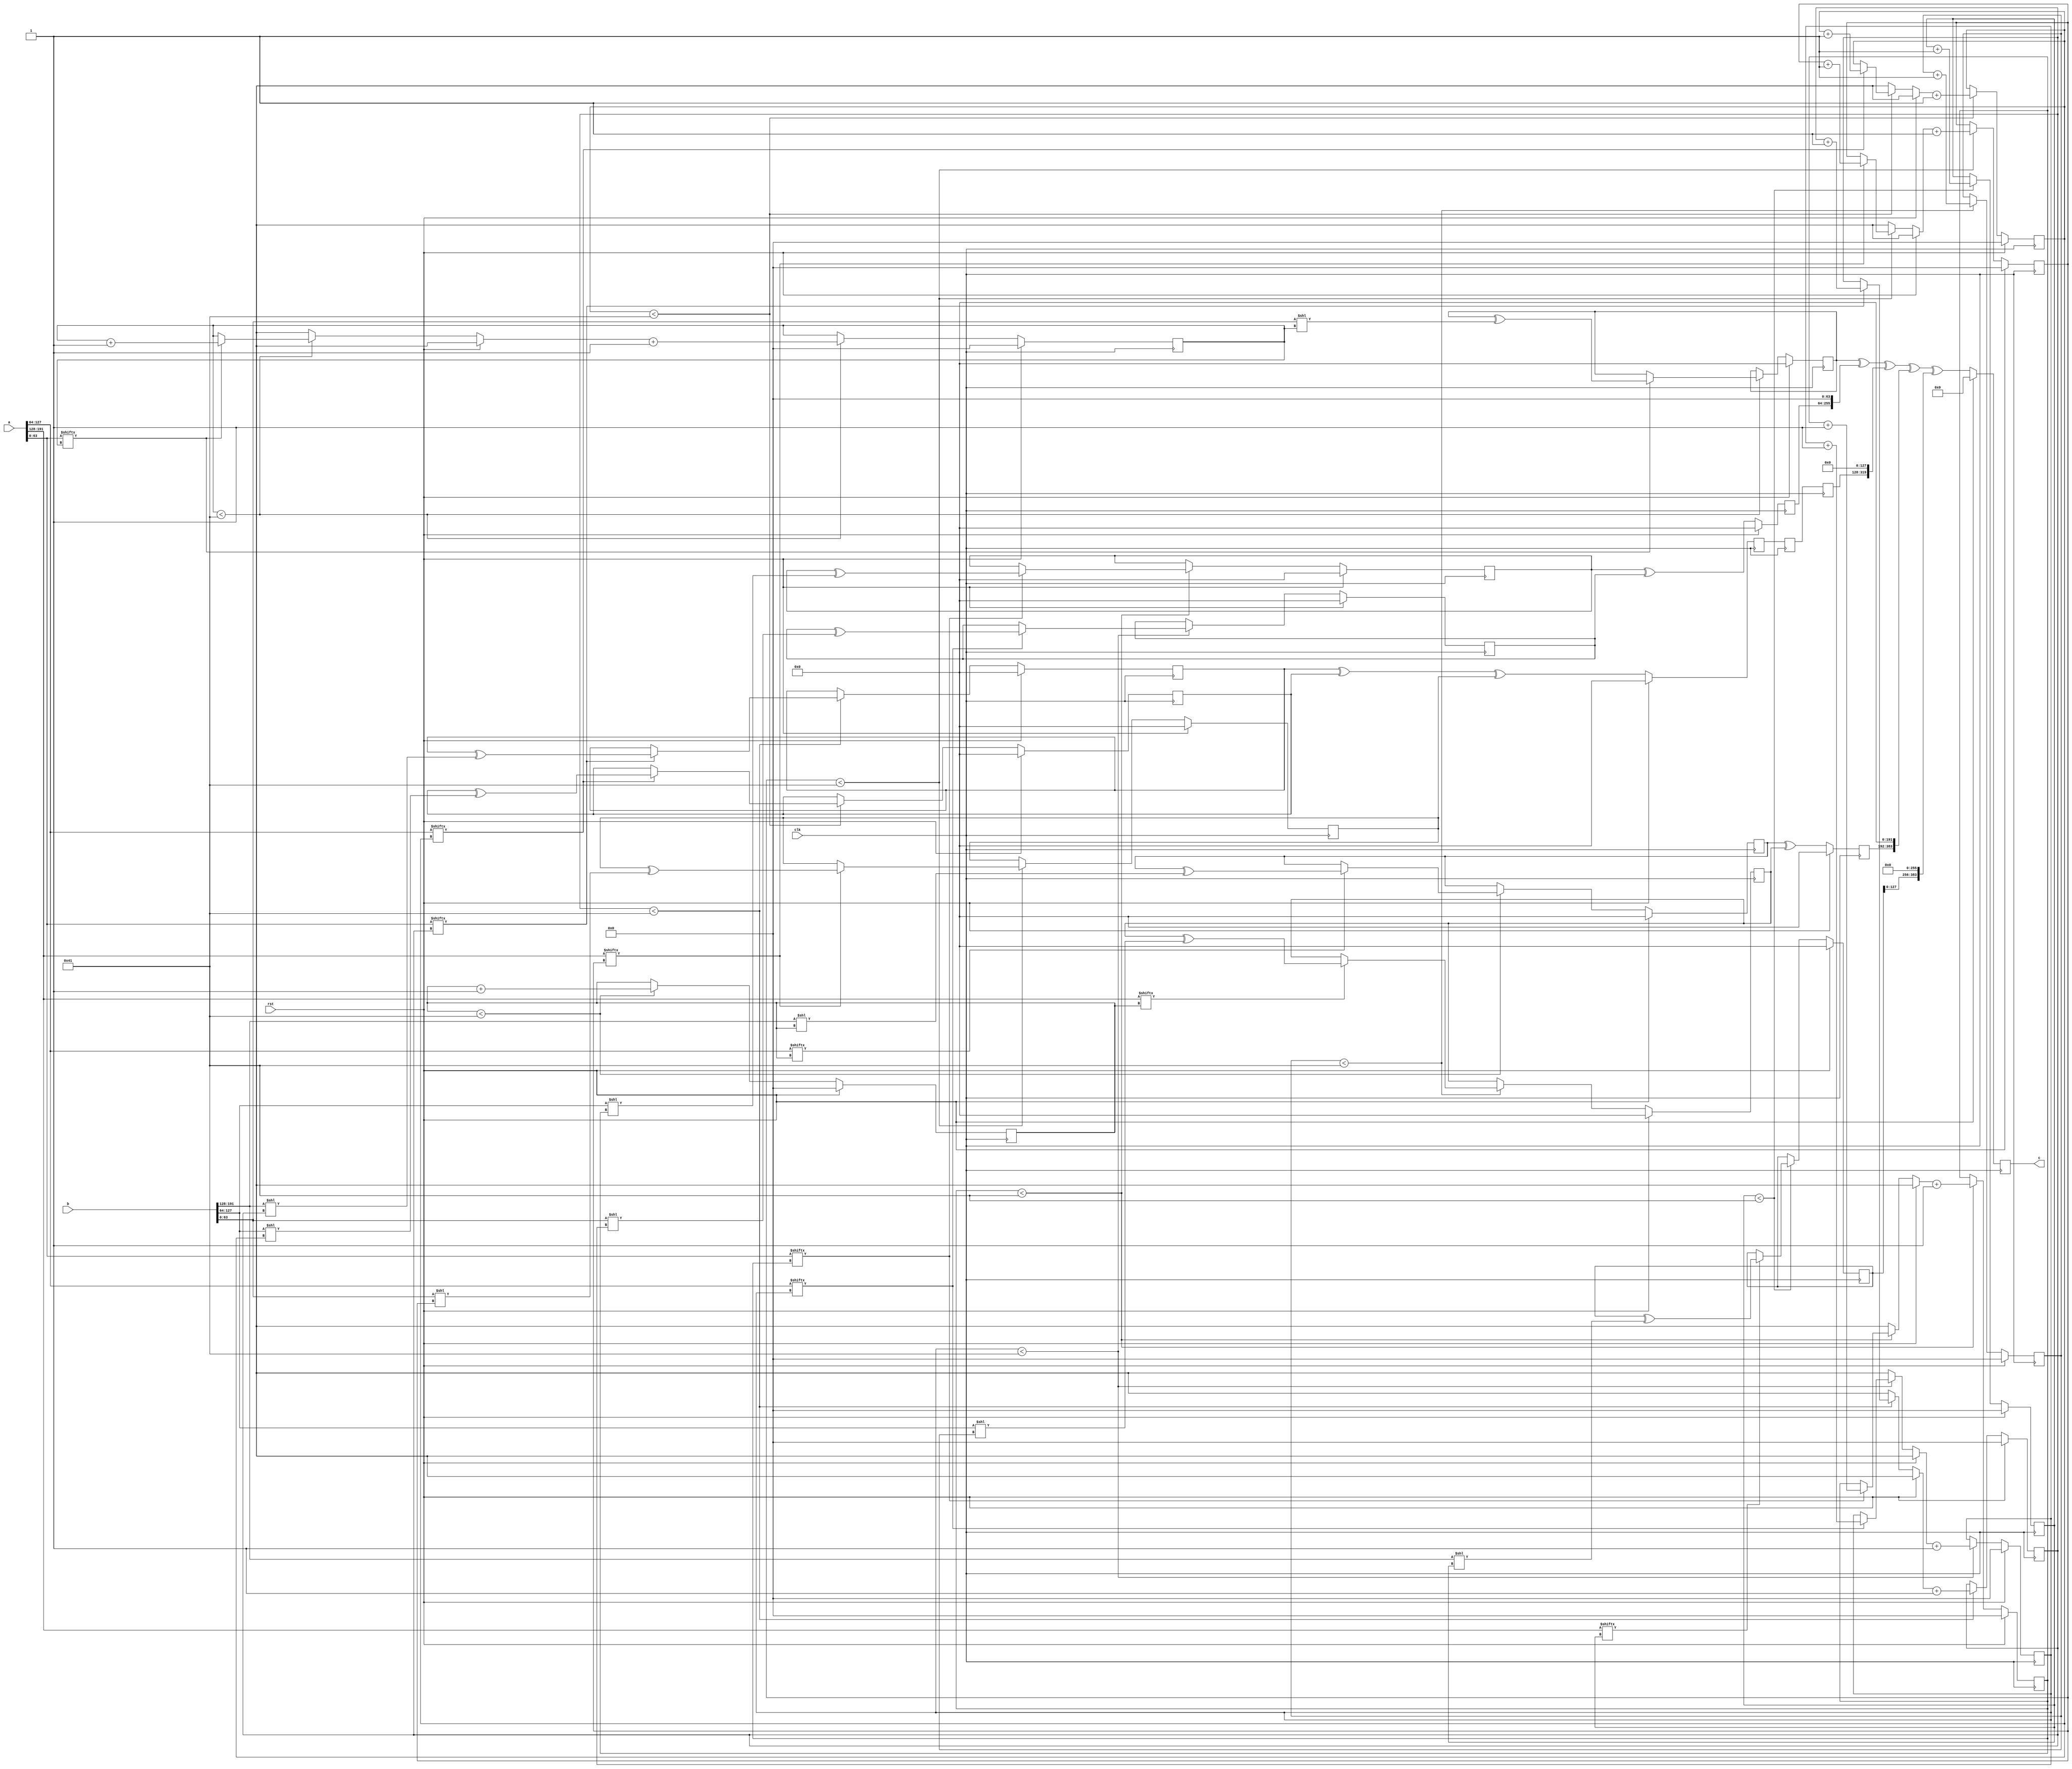
// TalTech large integer multiplier library
// Multiplier type: three_way_toom_cook
// Parameters: 192 192 3
// Target tool: genus
// Here, we split the input operands into three equal sizes192
module three_way_toom_cook(clk, rst, a, b, c);
input clk;
input rst;
input [191:0] a;
input [191:0] b;
output reg [383:0] c;

// Pipeline register declaration 
reg [191:0] c_temp_2;
reg [191:0] c_temp_1;

// Wires declaration 
wire  [63:0] a0;
wire  [63:0] a1;
wire  [63:0] a2;
wire  [63:0] b0;
wire  [63:0] b1;
wire  [63:0] b2;

// Registers declaration 
reg  [63:0] counter_d;
reg  [63:0] counter_e1;
reg  [63:0] counter_e2;
reg  [63:0] counter_f1;
reg  [63:0] counter_f2;
reg  [63:0] counter_f3;
reg  [63:0] counter_g1;
reg  [63:0] counter_g2;
reg  [63:0] counter_h;
reg  [191:0] d;
reg  [191:0] e1_mul;
reg  [191:0] e2_mul;
reg  [191:0] e;
reg  [191:0] f1_mul;
reg  [191:0] f2_mul;
reg  [191:0] f3_mul;
reg  [191:0] f;
reg  [191:0] g1_mul;
reg  [191:0] g2_mul;
reg  [191:0] g;
reg  [191:0] h;
reg  [383:0] temp;

// Initial assignments to wires
assign a0 = a[63:0];
assign a1 = a[127:64];
assign a2 = a[191:128];
assign b0 = b[63:0];
assign b1 = b[127:64];
assign b2 = b[191:128];

// Step-1 of 3-Way TCM Multiplier
always @(posedge clk) begin
	if (rst) begin
		d <= 192'd0;
		counter_d <= 64'd0;
	end
	else if (counter_d < 65) begin
		if (a2[counter_d] == 1'b1) begin
			d <= d ^ (b2 << counter_d);
			counter_d <= counter_d + 1;
		end
		counter_d <= counter_d + 1;
	end
end

// Step-2 (Part-1) of 3-Way TCM Multiplier
always @(posedge clk) begin
	if (rst) begin
		e1_mul <= 192'd0;
		counter_e1 <= 64'd0;
	end
	else if (counter_e1 < 65) begin
		if (a1[counter_e1] == 1'b1) begin
			e1_mul <= e1_mul ^ (b2 << counter_e1);
			counter_e1 <= counter_e1 + 1;
		end
		counter_e1 <= counter_e1 + 1;
	end
end

// Step-2 (Part-2) of 3-Way TCM Multiplier
always @(posedge clk) begin
	if (rst) begin
		e2_mul <= 192'd0;
		counter_e2 <= 64'd0;
	end
	else if (counter_e2 < 65) begin
		if (a2[counter_e1] == 1'b1) begin
			e2_mul <= e2_mul ^ (b1 << counter_e2);
			counter_e2 <= counter_e2 + 1;
		end
		counter_e2 <= counter_e2 + 1;
	end
end

// Step-2 (Part-3) of 3-Way TCM Multiplier
always @(posedge clk) begin
	if (rst) begin
		e = 192'd0;
	end
	else begin
		e = e1_mul ^ e2_mul; 
	end
end

// Step-3 (Part-1) of 3-Way TCM Multiplier
always @(posedge clk) begin
	if (rst) begin
		f1_mul = 192'd0;
		counter_f1 = 64'd0;
	end
	else if (counter_f1 < 65) begin
		if (a0[counter_f1] == 1'b1) begin
			f1_mul = f1_mul ^ (b2 << counter_f1);
			counter_f1 = counter_f1 + 1;
		end
		counter_f1 = counter_f1 + 1;
	end
end

// Step-3 (Part-2) of 3-Way TCM Multiplier
always @(posedge clk) begin
	if (rst) begin
		f2_mul = 192'd0;
		counter_f2 = 64'd0;
	end
	else if (counter_f2 < 65) begin
		if (a1[counter_f2] == 1'b1) begin
			f2_mul = f2_mul ^ (b1 << counter_f2);
			counter_f2 = counter_f2 + 1;
		end
		counter_f2 = counter_f2 + 1;
	end
end

// Step-3 (Part-3) of 3-Way TCM Multiplier
always @(posedge clk) begin
	if (rst) begin
		f3_mul = 192'd0;
		counter_f3 = 64'd0;
	end
	else if (counter_f3 < 65) begin
		if (a2[counter_f3] == 1'b1) begin
			f3_mul = f3_mul ^ (b0 << counter_f3);
			counter_f3 = counter_f3 + 1;
		end
		counter_f3 = counter_f3 + 1;
	end
end

// Step-3 (Part-4) of 3-Way TCM Multiplier
always @(posedge clk) begin
	if (rst) begin
		f = 192'd0;
	end
	else begin
		f = f1_mul ^ f2_mul ^ f3_mul; 
	end
end

// Step-4 (Part-1) of 3-Way TCM Multiplier
always @(posedge clk) begin
	if (rst) begin
		g1_mul = 192'd0;
		counter_g1 = 64'd0;
	end
	else if (counter_g1 < 65) begin
		if (a0[counter_g1] == 1'b1) begin
			g1_mul = g1_mul ^ (b1 << counter_g1);
			counter_g1 = counter_g1 + 1;
		end
		counter_g1 = counter_g1 + 1;
	end
end

// Step-4 (Part-2) of 3-Way TCM Multiplier
always @(posedge clk) begin
	if (rst) begin
		g2_mul = 192'd0;
		counter_g2 = 64'd0;
	end
	else if (counter_g2 < 65) begin
		if (a1[counter_g2] == 1'b1) begin
			g2_mul = g2_mul ^ (b0 << counter_g2);
			counter_g2 = counter_g2 + 1;
		end
		counter_g2 = counter_g2 + 1;
	end
end

// Step-4 (Part-3) of 3-Way TCM Multiplier
always @(posedge clk) begin
	if (rst) begin
		g = 192'd0;
	end
	else begin
		g = g1_mul ^ g2_mul; 
	end
end

// Step-5 of 3-Way TCM Multiplier
always @(posedge clk) begin
	if (rst) begin
		h = 192'd0;
		counter_h = 64'd0;
	end
	else if (counter_h < 65) begin
		if (a0[counter_h] == 1'b1) begin
			h = h ^ (b0 << counter_h);
			counter_h = counter_h + 1;
		end
	counter_h = counter_h + 1;
	end
end

// Step-6 of 3-Way TCM Multiplier
always @(posedge clk) begin
	if (rst) begin
		temp = 384'd0;
		c = 384'd0;
	end
	else begin
		temp = h;
		temp = temp ^ (g << 64);
		temp = temp ^ (c_temp_2 << 128);
		temp = temp ^ (e << 192);
		temp = temp ^ (d << 256);
		c = temp;
	end
end

// pipeline stages
always @(posedge clk) begin
	c_temp_1 <= f;
	c_temp_2 <= c_temp_1;
end
endmodule